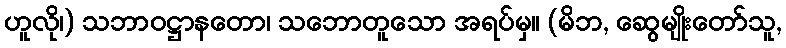
ဟူလို၊) သဘာဝဋ္ဌာနတော၊ သဘောတူသော အရပ်မှ။ (မိဘ, ဆွေမျိုးတော်သူ,